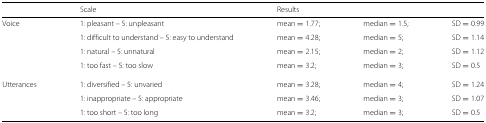
|  | Scale | <COLSPAN=3> Results |
 | --- | --- | --- | --- | --- |
 | Voice | 1: pleasant – 5: unpleasant | mean =1.77; | median =1.5; | SD =0.99 |
 |  | 1: difficult to understand – 5: easy to understand | mean =4.28; | median =5; | SD =1.14 |
 |  | 1: natural – 5: unnatural | mean =2.15; | median =2; | SD =1.12 |
 |  | 1: too fast – 5: too slow | mean =3.2; | median =3; | SD =0.5 |
 | Utterances | 1: diversified – 5: unvaried | mean =3.28; | median =4; | SD =1.24 |
 |  | 1: inappropriate – 5: appropriate | mean =3.46; | median =3; | SD =1.07 |
 |  | 1: too short – 5: too long | mean =3.2; | median =3; | SD =0.5 |